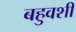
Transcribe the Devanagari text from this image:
बहुवशी